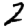
Digit: 2